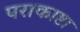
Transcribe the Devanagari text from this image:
पराकाष्टा